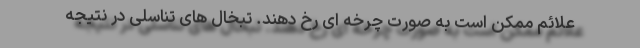
علائم ممکن است به صورت چرخه ای رخ دهند. تبخال های تناسلی در نتیجه